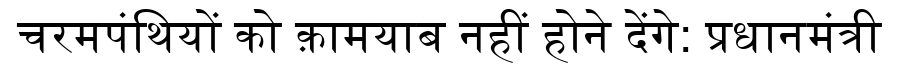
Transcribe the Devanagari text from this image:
चरमपंथियों को क़ामयाब नहीं होने देंगे: प्रधानमंत्री